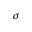
\sigma